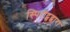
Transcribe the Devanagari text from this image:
स्पिरीट्सद्वारा